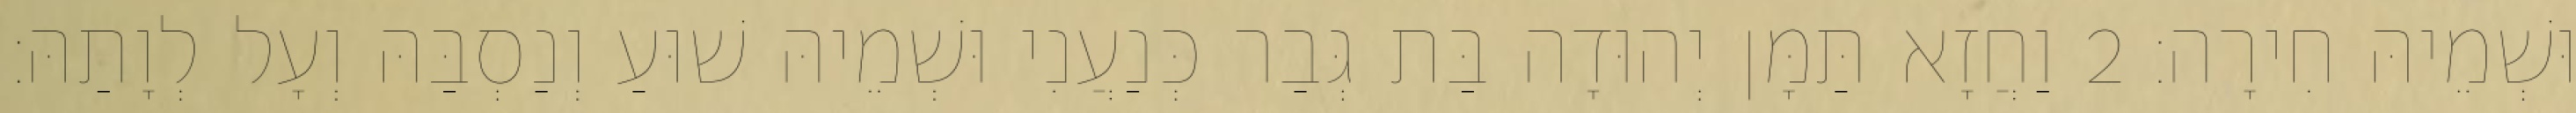
וּשְׁמֵיהּ חִירָה׃ 2 וַחֲזָא תַּמָּן יְהוּדָה בַּת גְּבַר כְּנַעֲנִי וּשְׁמֵיהּ שׁוּעַ וְנַסְבַּהּ וְעָל לְוָתַהּ׃